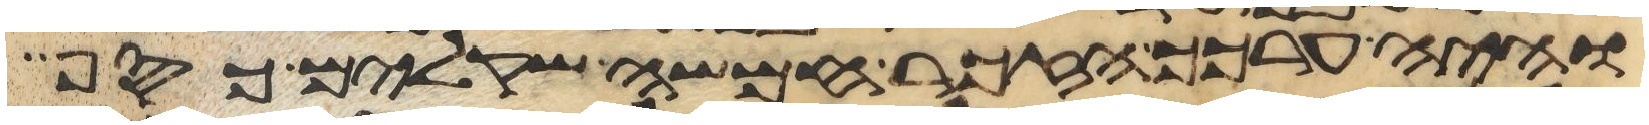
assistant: והיה ערכך הזכר חמשה שקלים כסף